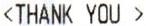
<THANK YOU>